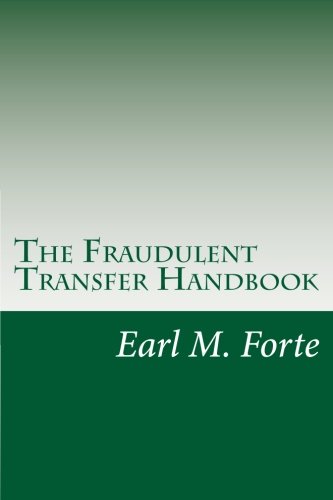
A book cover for The Fraudulent Transfer Handbook: A Practical Guide for Lawyers and Their Clients; Earl M. Forte; Law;